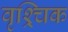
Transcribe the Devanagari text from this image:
वृश्र्चिक